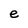
Character: e